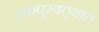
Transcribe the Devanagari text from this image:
रक्तपुरवठ्यात